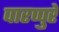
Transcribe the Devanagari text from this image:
पारप्पुरे